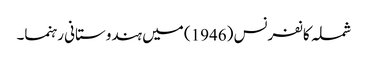
شملہ کانفرنس (1946) میں ہندوستانی رہنما۔